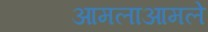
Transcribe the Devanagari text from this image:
आमलाआमले